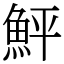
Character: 鮃